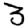
Digit: 3